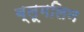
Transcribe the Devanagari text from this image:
ब्लूमलिन